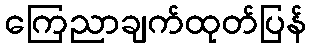
ကြေညာချက်ထုတ်ပြန်